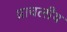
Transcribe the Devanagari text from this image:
प्राचलीय